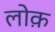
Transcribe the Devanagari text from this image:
लोक़